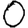
Digit: 0